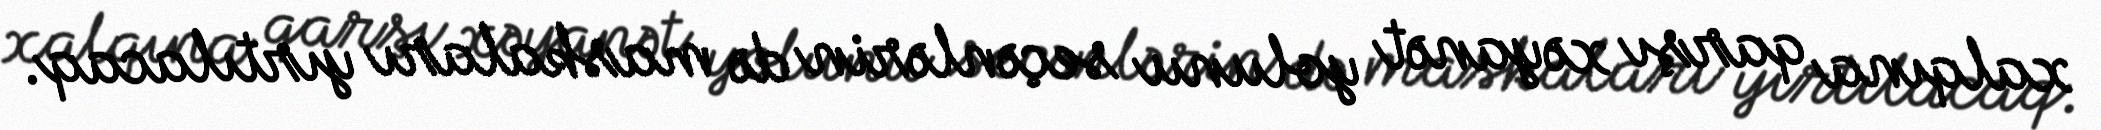
xalqına qarşı xəyanət yolunu seçənlərin də maskaları yırtılacaq.